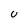
Character: U